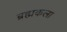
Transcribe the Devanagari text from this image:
ब्रह्मकला